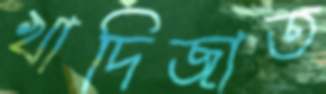
খাদিজাত